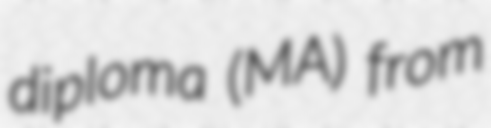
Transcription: diploma (MA) from